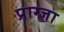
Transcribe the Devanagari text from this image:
प्राग्ज्ञा